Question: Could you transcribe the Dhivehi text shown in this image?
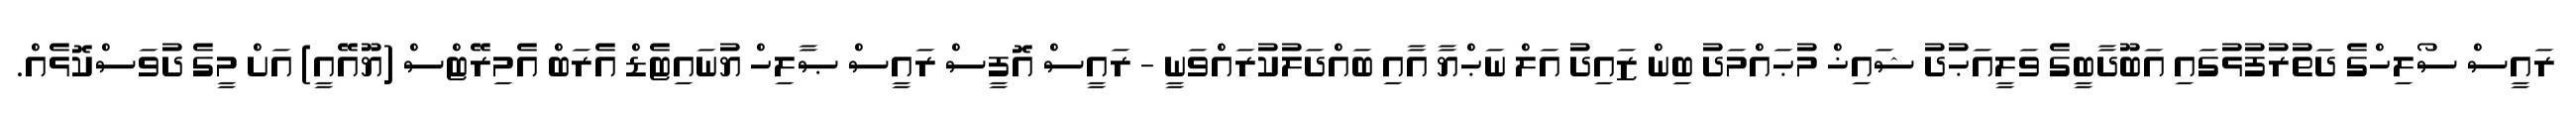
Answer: ރައީސް ސޯލިހްގެ ދަތުރުފުޅުގައި އަބޫދާބީގެ ވަލީއަޙުދު ޝައިޚް މުޙައްމަދު ބިން ޒައިދު އަލް ނަޙްޔާ އާއި ބައްދަލުކުރައްވަނީ - ރައީސް އޮފީސް ރައީސް ޞާލިހް ޔުނައިޓެޑް އެރަބް އެމިރޭޓްސް (ޔޫއޭއީ) އަށް މީގެ ދުވަސްކޮޅެއް.